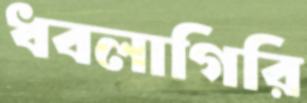
ধবলাগিরি